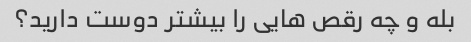
بله و چه رقص هایی را بیشتر دوست دارید؟